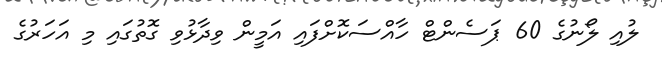
ލުއި ލޯނުގެ 60 ޕަސެންޓް ހާއްސަކޮށްފައި އަމީން ވިދާޅުވި ގޮތުގައި މި އަހަރުގެ